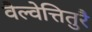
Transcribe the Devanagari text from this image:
वैल्वेत्तितुरै